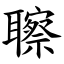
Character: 聺